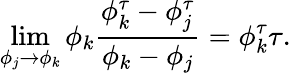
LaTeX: \operatorname*{lim}_{\phi_{j}\to\phi_{k}}\phi_{k}\frac{\phi_{k}^{\tau}-\phi_{j}^{\tau}}{\phi_{k}-\phi_{j}}=\phi_{k}^{\tau}\tau.